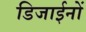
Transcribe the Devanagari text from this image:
डिजाईनों